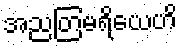
အညတြမရိယေဟိ